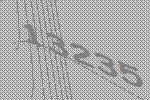
13235